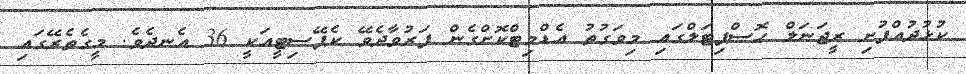
ކުޅުދުއްފުށި ރީޖަނަލް ހޮސްޕިޓަލްގައި މިވަގުތު އެޑްމިޓްކޮށްގެން ފަރުވާދެވޭ ކެޕޭސިޓީއަކީ 36 އެނދެވެ. މީގެތެރޭގައި